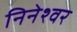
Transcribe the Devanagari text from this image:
निनेश्वर